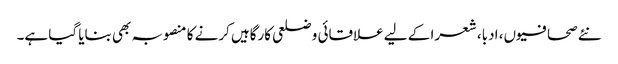
نئے صحافیوں، ادبا، شعرا کے لیے علاقائی و ضلعی کارگاہیں کرنے کا منصوبہ بھی بنایا گیا ہے۔